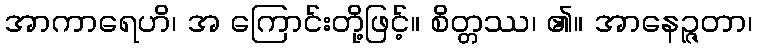
အာကာရေဟိ၊ အ ကြောင်းတို့ဖြင့်။ စိတ္တဿ၊ ၏။ အာနေဉ္ဇတာ၊